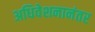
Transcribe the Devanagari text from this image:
अधिवेशनानंतर